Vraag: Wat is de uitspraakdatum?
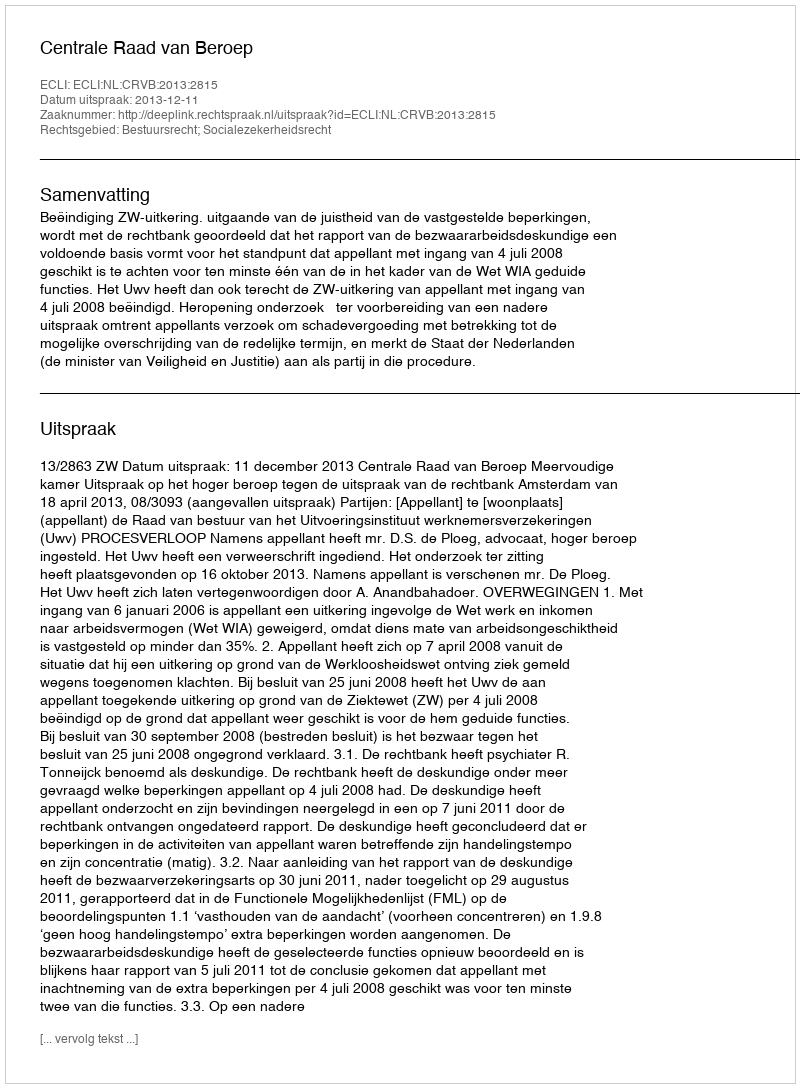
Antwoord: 2013-12-11